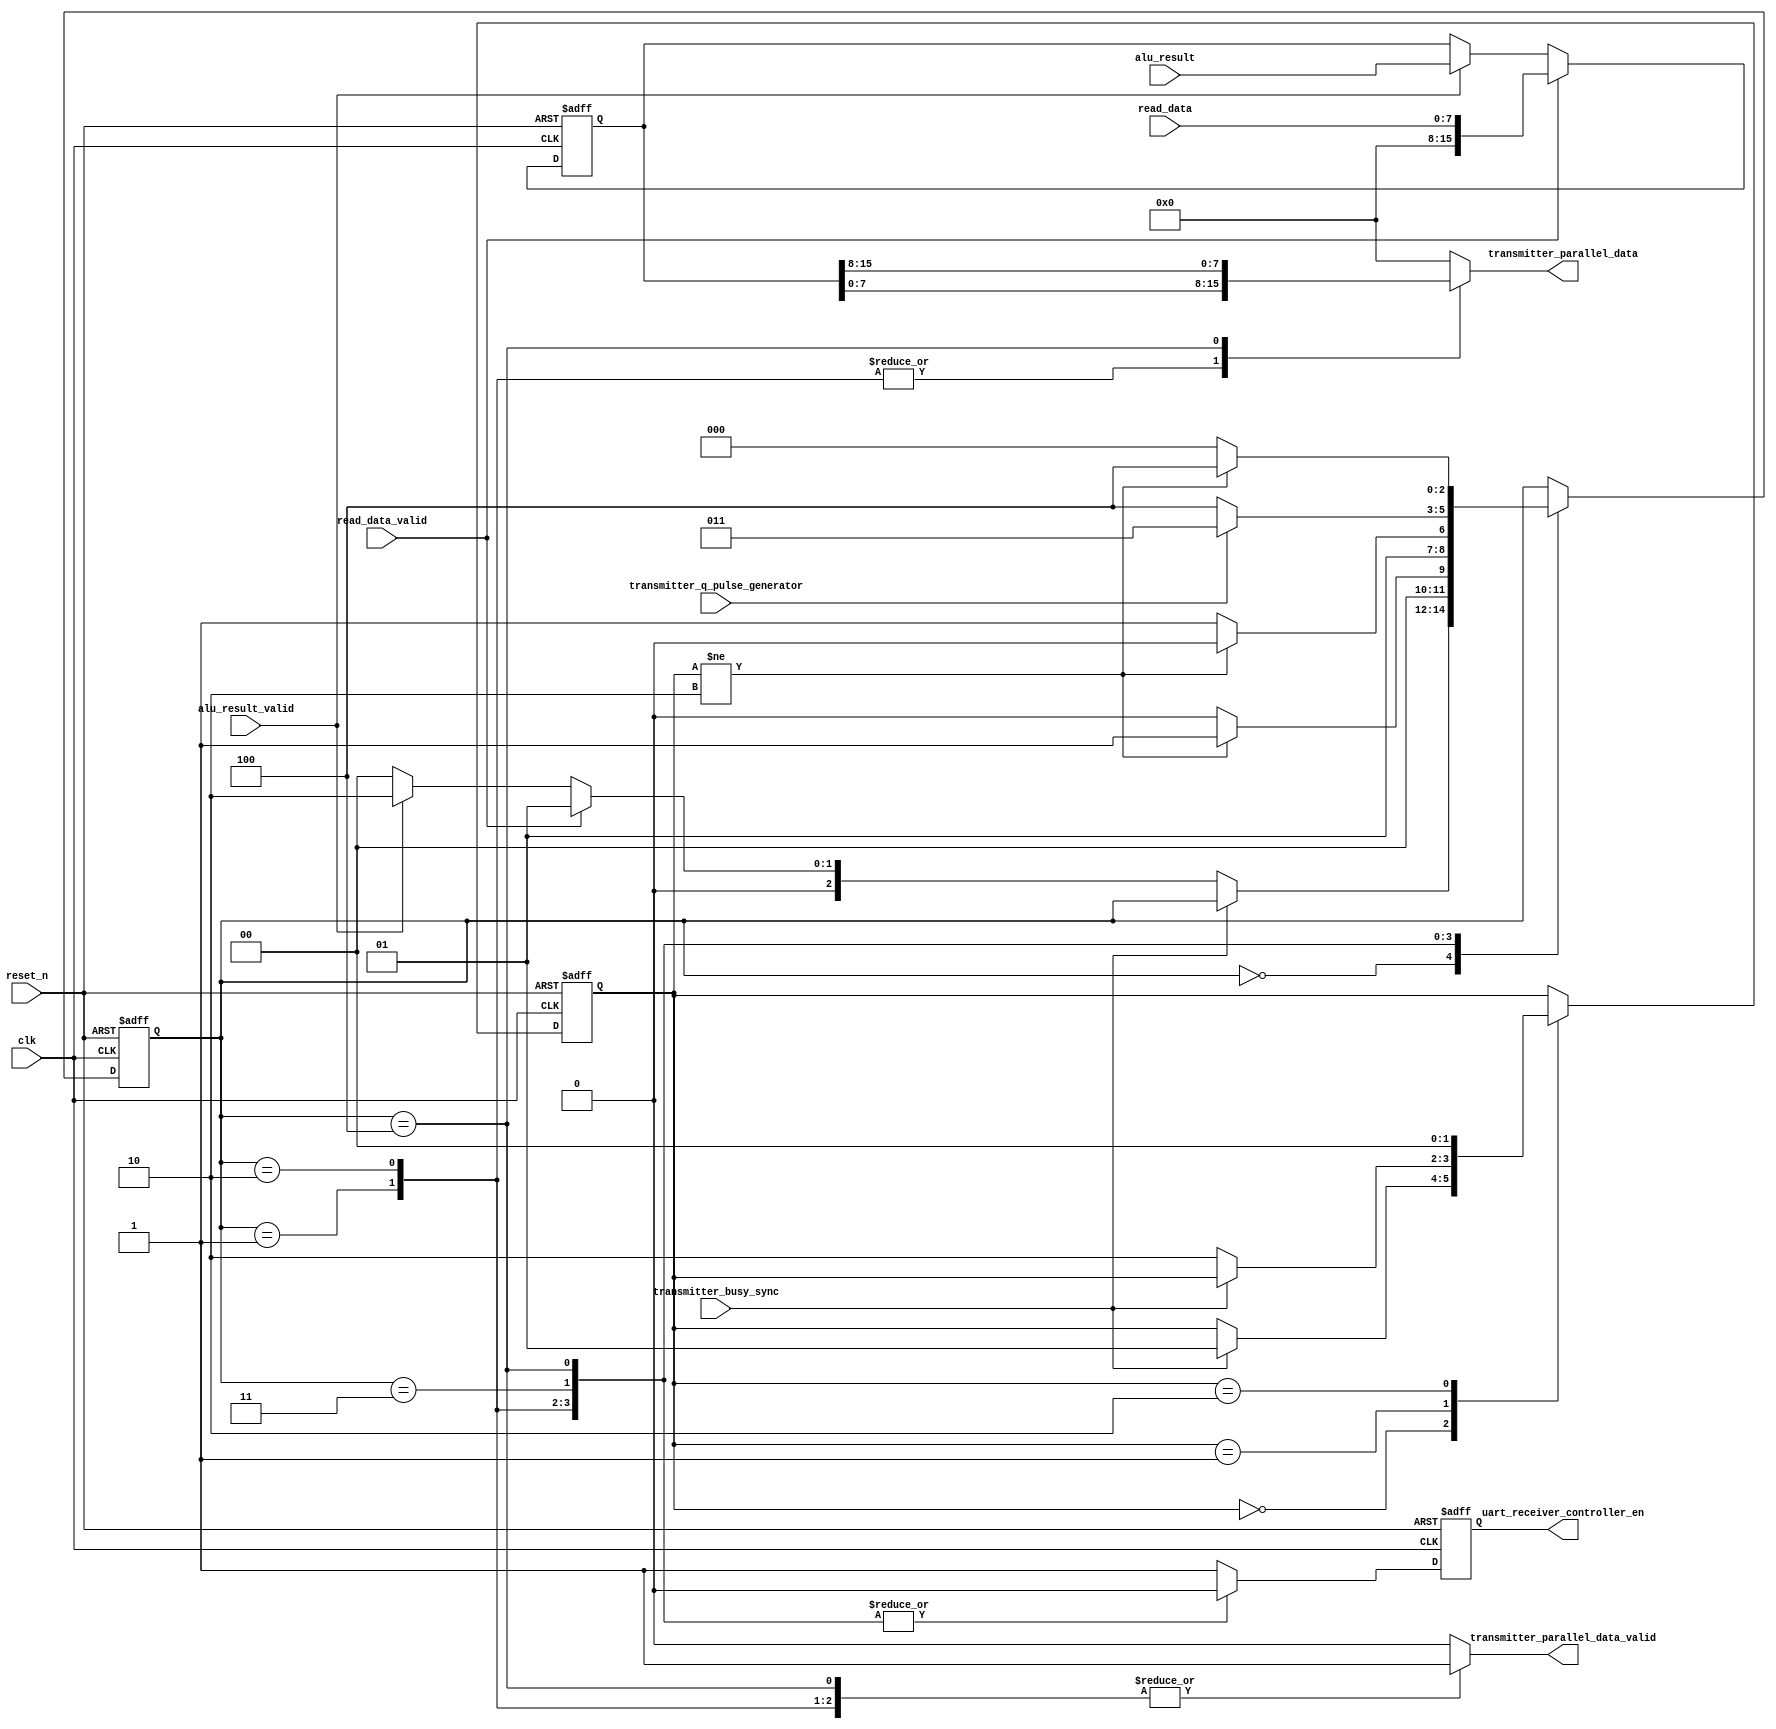
module uart_transmitter_controller #(parameter DATA_WIDTH=8) (
	input clk,    // Clock
	input reset_n,  // Asynchronous reset active low
	
	input alu_result_valid,
	input [2*DATA_WIDTH-1:0] alu_result,

	input read_data_valid,
	input [DATA_WIDTH-1:0] read_data,

	input transmitter_busy_sync,
	input transmitter_q_pulse_generator,

	output reg transmitter_parallel_data_valid,
	output reg [DATA_WIDTH-1:0] transmitter_parallel_data,

	output reg uart_receiver_controller_en
);

	reg [2:0] current_state,next_state;

	reg d_uart_receiver_controller_en;

	reg [2*DATA_WIDTH-1:0] message;
	localparam [2:0] IDLE = 3'b000,
	TRANSMIT_REGISTER_FILE_DATA=3'b001,
	TRANSMIT_LOWER_ALU_RESULT = 3'b010,
	WAIT_FOR_UBBER_ALU_RESULT= 3'b011,
	TRANSMIT_UBBER_ALU_RESULT= 3'b100;

	localparam [1:0] NO_TRANSMISSION = 2'b00,
	TRANSMISSION_BEGAN= 2'b01,
	TRANSMISSION_ENDED = 2'b10;

	reg [1:0] transmission_current_state,transmission_next_state;


	always @(posedge clk or negedge reset_n) begin
		if(~reset_n) begin
			current_state <= IDLE;
		end else begin
			current_state <= next_state;
		end
	end

    always @(posedge clk or negedge reset_n) begin
        if (~reset_n) begin
            message <= 'b0;
        end
        else if (read_data_valid) begin
            message <= read_data;
        end
        else if (alu_result_valid) begin
            message <= alu_result;
        end
    end
    

	always @(*) begin
		next_state = current_state;
		case(current_state)
			IDLE:
			begin
				if(~transmitter_busy_sync)
				begin
					if(read_data_valid)
						next_state = TRANSMIT_REGISTER_FILE_DATA;
					else if(alu_result_valid)
						next_state = TRANSMIT_LOWER_ALU_RESULT;
					else
						next_state = IDLE;
				end
			end

			TRANSMIT_REGISTER_FILE_DATA: 
			begin
				if(transmission_current_state != TRANSMISSION_ENDED)
					next_state= TRANSMIT_REGISTER_FILE_DATA;
				else
					next_state = IDLE;
			end

			TRANSMIT_LOWER_ALU_RESULT:
			begin
				if(transmission_current_state != TRANSMISSION_ENDED)
					next_state = TRANSMIT_LOWER_ALU_RESULT;
				else
					next_state = WAIT_FOR_UBBER_ALU_RESULT;
			end

			WAIT_FOR_UBBER_ALU_RESULT: 
			begin
				if(~transmitter_q_pulse_generator)
				begin
					next_state = TRANSMIT_UBBER_ALU_RESULT;
				end
				else
					next_state = WAIT_FOR_UBBER_ALU_RESULT;
			end

			TRANSMIT_UBBER_ALU_RESULT:
			begin
				if(transmission_current_state != TRANSMISSION_ENDED)
					next_state = TRANSMIT_UBBER_ALU_RESULT;
				else
					next_state = IDLE;
			end
		endcase // current_statedcase
	end

	always @(*) begin
		case(current_state)
			IDLE: 
			begin
				transmitter_parallel_data = 'b0;
				transmitter_parallel_data_valid = 0;
				d_uart_receiver_controller_en = 1;
			end

			TRANSMIT_REGISTER_FILE_DATA: 
			begin
				transmitter_parallel_data = message[DATA_WIDTH-1:0];
				transmitter_parallel_data_valid = 1;
				d_uart_receiver_controller_en = 0;
			end

			TRANSMIT_LOWER_ALU_RESULT: 
			begin
				transmitter_parallel_data = message[DATA_WIDTH-1:0];
				transmitter_parallel_data_valid = 1; 
				d_uart_receiver_controller_en = 0;
			end

			WAIT_FOR_UBBER_ALU_RESULT: 
			begin
				transmitter_parallel_data = 'b0;
				transmitter_parallel_data_valid = 'b0;
				d_uart_receiver_controller_en = 0;
			end

			TRANSMIT_UBBER_ALU_RESULT: 
			begin
				transmitter_parallel_data = message[2*DATA_WIDTH-1:DATA_WIDTH];
				transmitter_parallel_data_valid = 1; 
				d_uart_receiver_controller_en = 0;
			end
			default: 
			begin
				transmitter_parallel_data = 'b0;
				transmitter_parallel_data_valid = 0;
				d_uart_receiver_controller_en = 1;
			end
		endcase
	end

	always @(posedge clk or negedge reset_n) begin
		if(~reset_n) begin
			uart_receiver_controller_en <= 1;
		end else begin
			uart_receiver_controller_en <= d_uart_receiver_controller_en;
		end
	end

	always @(posedge clk or negedge reset_n) begin
		if(~reset_n) begin
			transmission_current_state <= NO_TRANSMISSION;
		end else begin
			transmission_current_state <= transmission_next_state;
		end
	end

	always @(*) begin
		transmission_next_state = transmission_current_state;
		case(transmission_current_state)
			NO_TRANSMISSION: 
			begin
				if(transmitter_busy_sync)
					transmission_next_state = TRANSMISSION_BEGAN;
			end
			TRANSMISSION_BEGAN: 
			begin
				if(~transmitter_busy_sync)
					transmission_next_state = TRANSMISSION_ENDED;
			end
			TRANSMISSION_ENDED:
				transmission_next_state = NO_TRANSMISSION;
		endcase
	end
endmodule